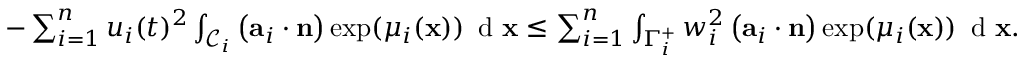
\begin{array} { r } { - \sum _ { i = 1 } ^ { n } u _ { i } ( t ) ^ { 2 } \int _ { \mathcal { C } _ { i } } \left( \mathbf { a } _ { i } \cdot \mathbf { n } \right) \exp ( \mu _ { i } ( \mathbf { x } ) ) \, \textup { d } \mathbf { x } \leq \sum _ { i = 1 } ^ { n } \int _ { \Gamma _ { i } ^ { + } } w _ { i } ^ { 2 } \left( \mathbf { a } _ { i } \cdot \mathbf { n } \right) \exp ( \mu _ { i } ( \mathbf { x } ) ) \, \textup { d } \mathbf { x } . } \end{array}